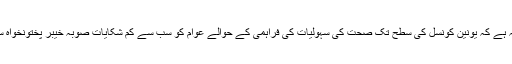
یہی وجہ ہے کہ یونین کونسل کی سطح تک صحت کی سہولیات کی فراہمی کے حوالے عوام کو سب سے کم شکایات صوبہ خیبر پختونخواہ سے ہیں۔